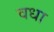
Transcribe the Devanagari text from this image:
वधा